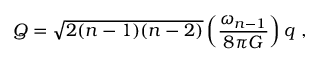
Q = \sqrt { 2 ( n - 1 ) ( n - 2 ) } \left( { \frac { \omega _ { n - 1 } } { 8 \pi G } } \right) q \ ,